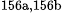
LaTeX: ^\textrm{\scriptsize 156a,156b}